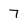
Character: 7